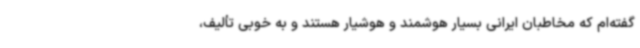
گفته‌ام که مخاطبان ایرانی بسیار هوشمند و هوشیار هستند و به خوبی تألیف،